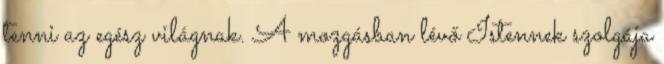
tenni az egész világnak. A mozgásban lévő Istennek szolgája